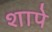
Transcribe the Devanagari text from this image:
शापे